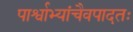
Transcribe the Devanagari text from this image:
पार्श्वाभ्यांचैवपादतः